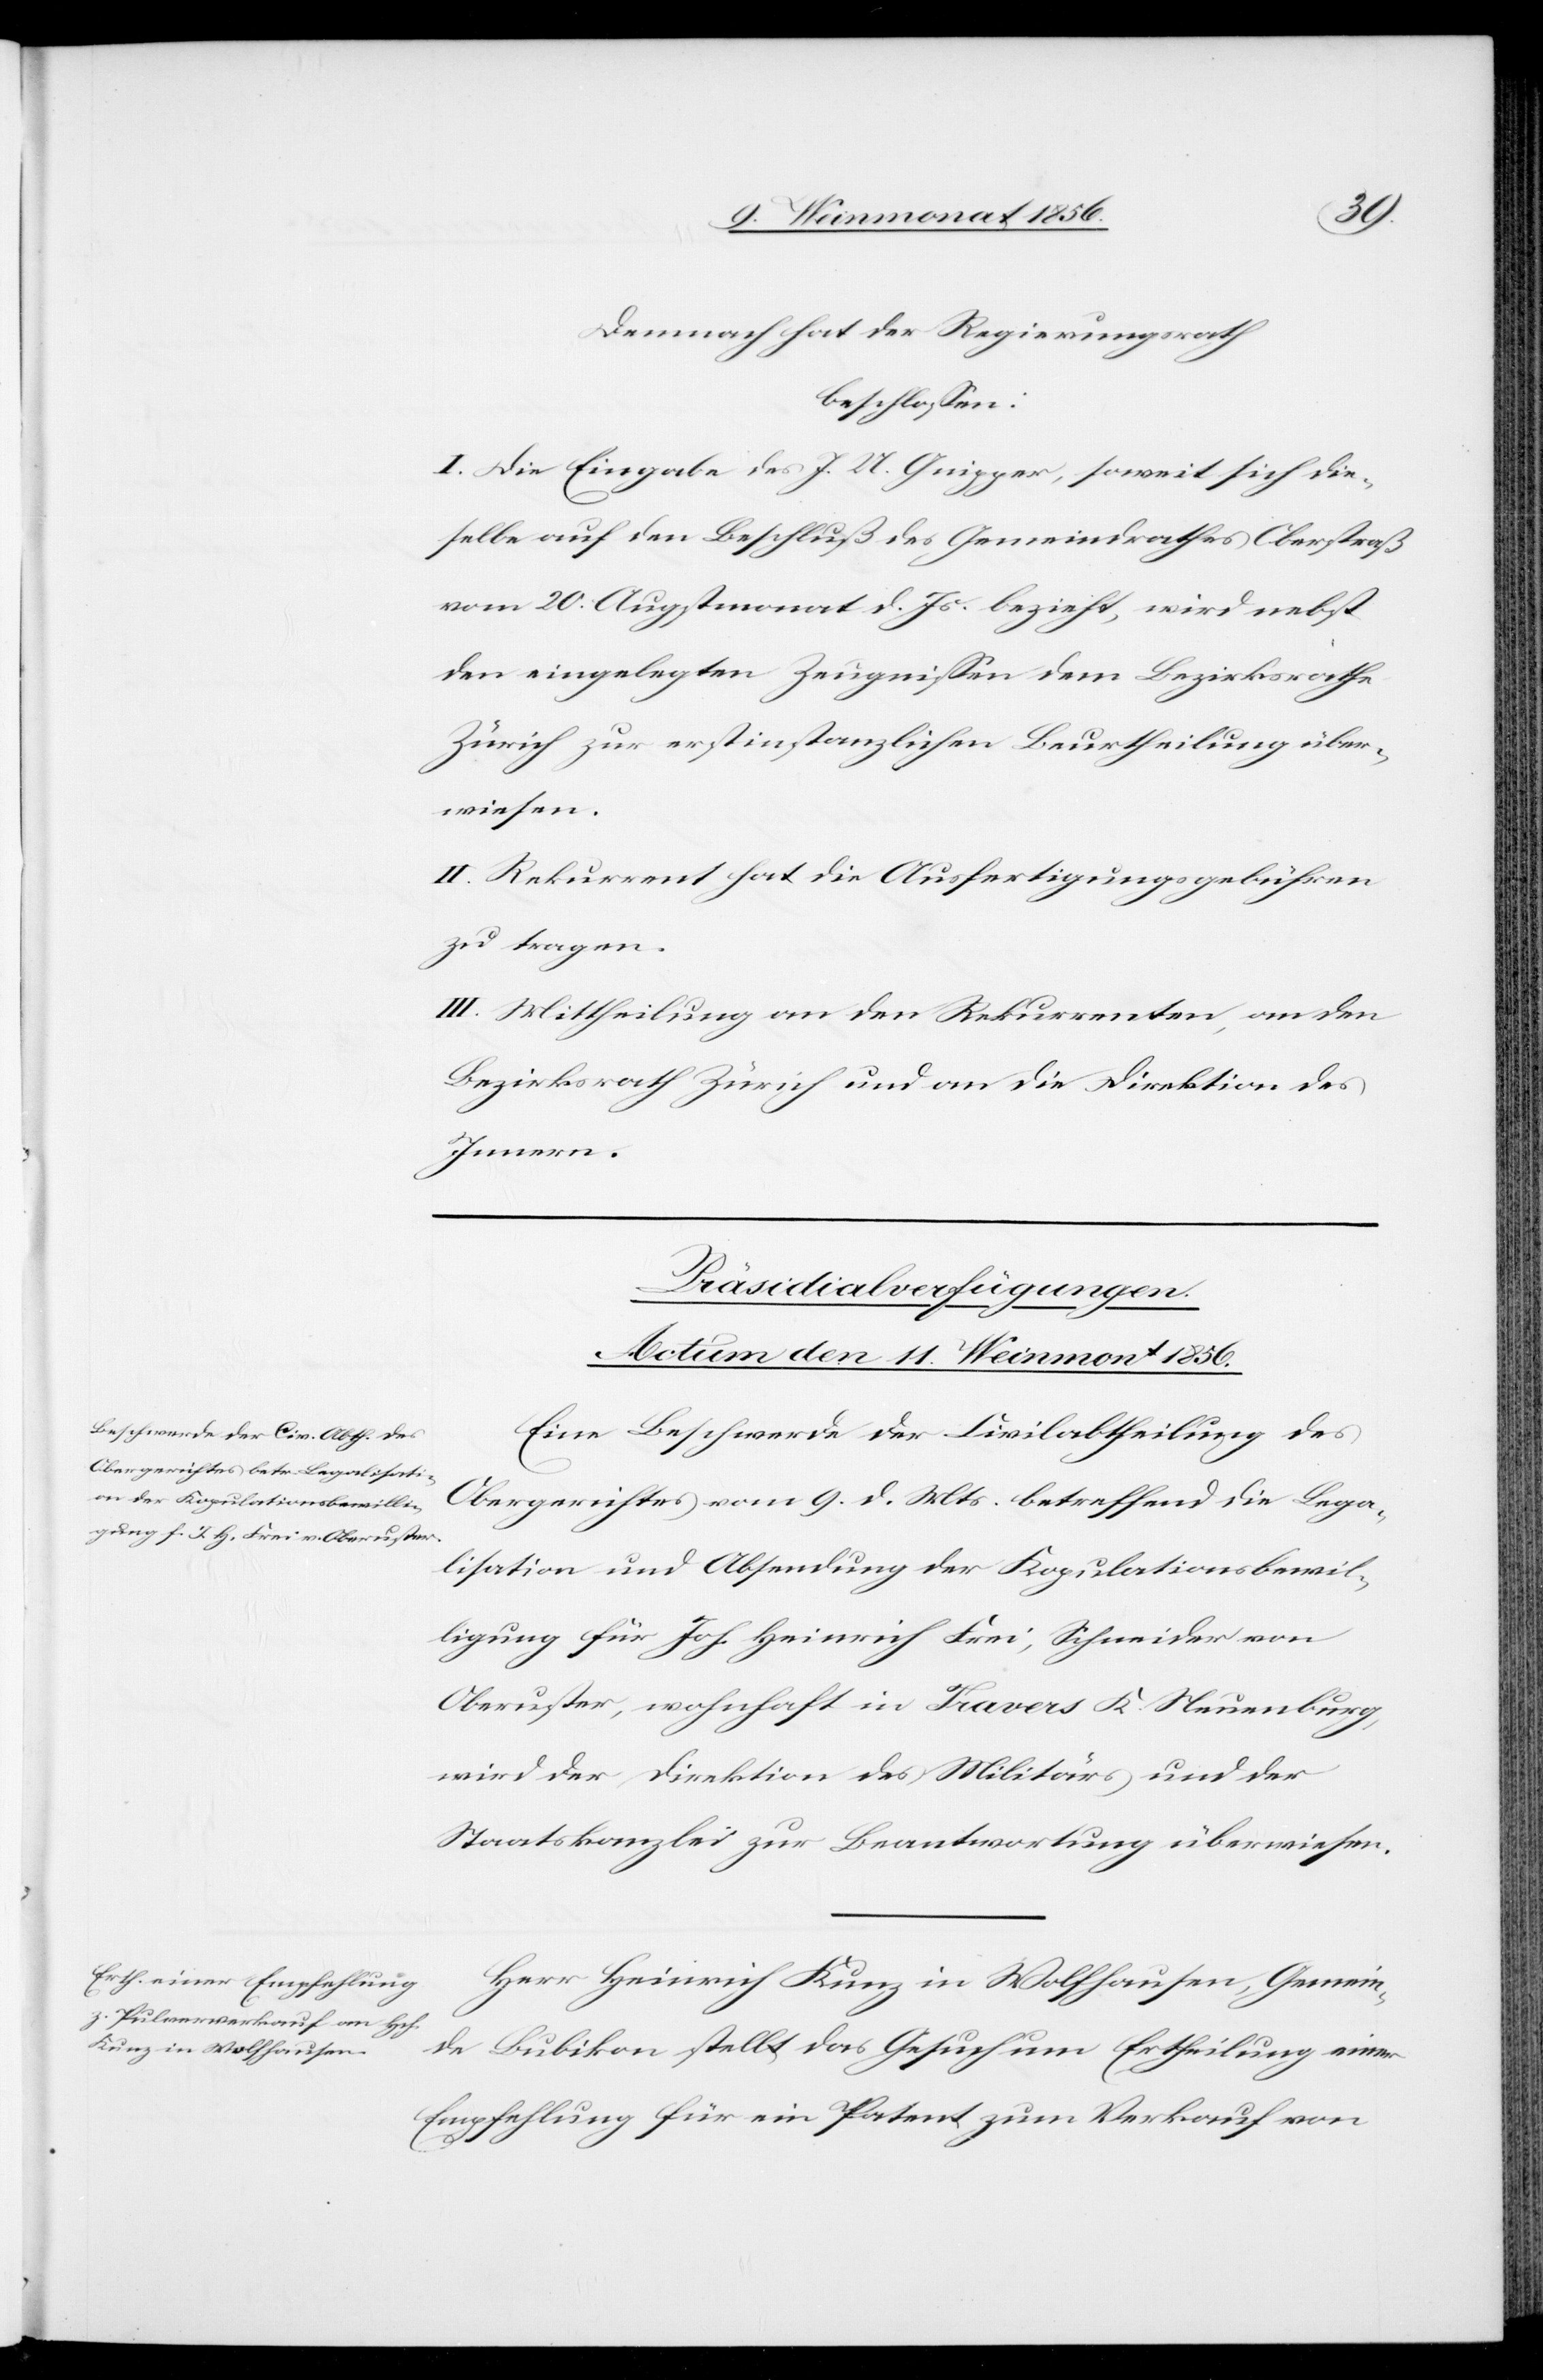
Demnach hat der Regierungsrath
beschlossen:
I. Die Eingabe des J. U. Gnipper, soweit sich die¬
selbe auf den Beschluß des Gemeindrathes Oberstraß
vom 20. Augstmonat d. Js. bezieht, wird nebst
den eingelegten Zeugnissen dem Bezirksrathe
Zürich zur erstinstanzlichen Beurtheilung über¬
wiesen.
II. Rekurrent hat die Ausfertigungsgebühren
zu tragen.
III. Mittheilung an den Rekurrenten, an den
Bezirksrath Zürich und an die Direktion des
Innern.
[Präsidialverfügungen.
Actum den 11. Weinmonat 1856.]
Eine Beschwerde der Civilabtheilung des
Obergerichtes vom 9. d. Mts. betreffend die Lega¬
lisation und Absendung der Kopulationsbewil¬
ligung für Joh. Heinrich Frei, Schneider von
Oberuster, wohnhaft in Travers K. Neuenburg,
wird der Direktion des Militärs und der
Staatskanzlei zur Beantwortung überwiesen.
Herr Heinrich Kunz in Wolfhausen, Gemein¬
de Bubikon stellt das Gesuch um Ertheilung einer
Empfehlung für ein Patent zum Verkauf von